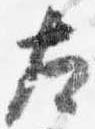
左